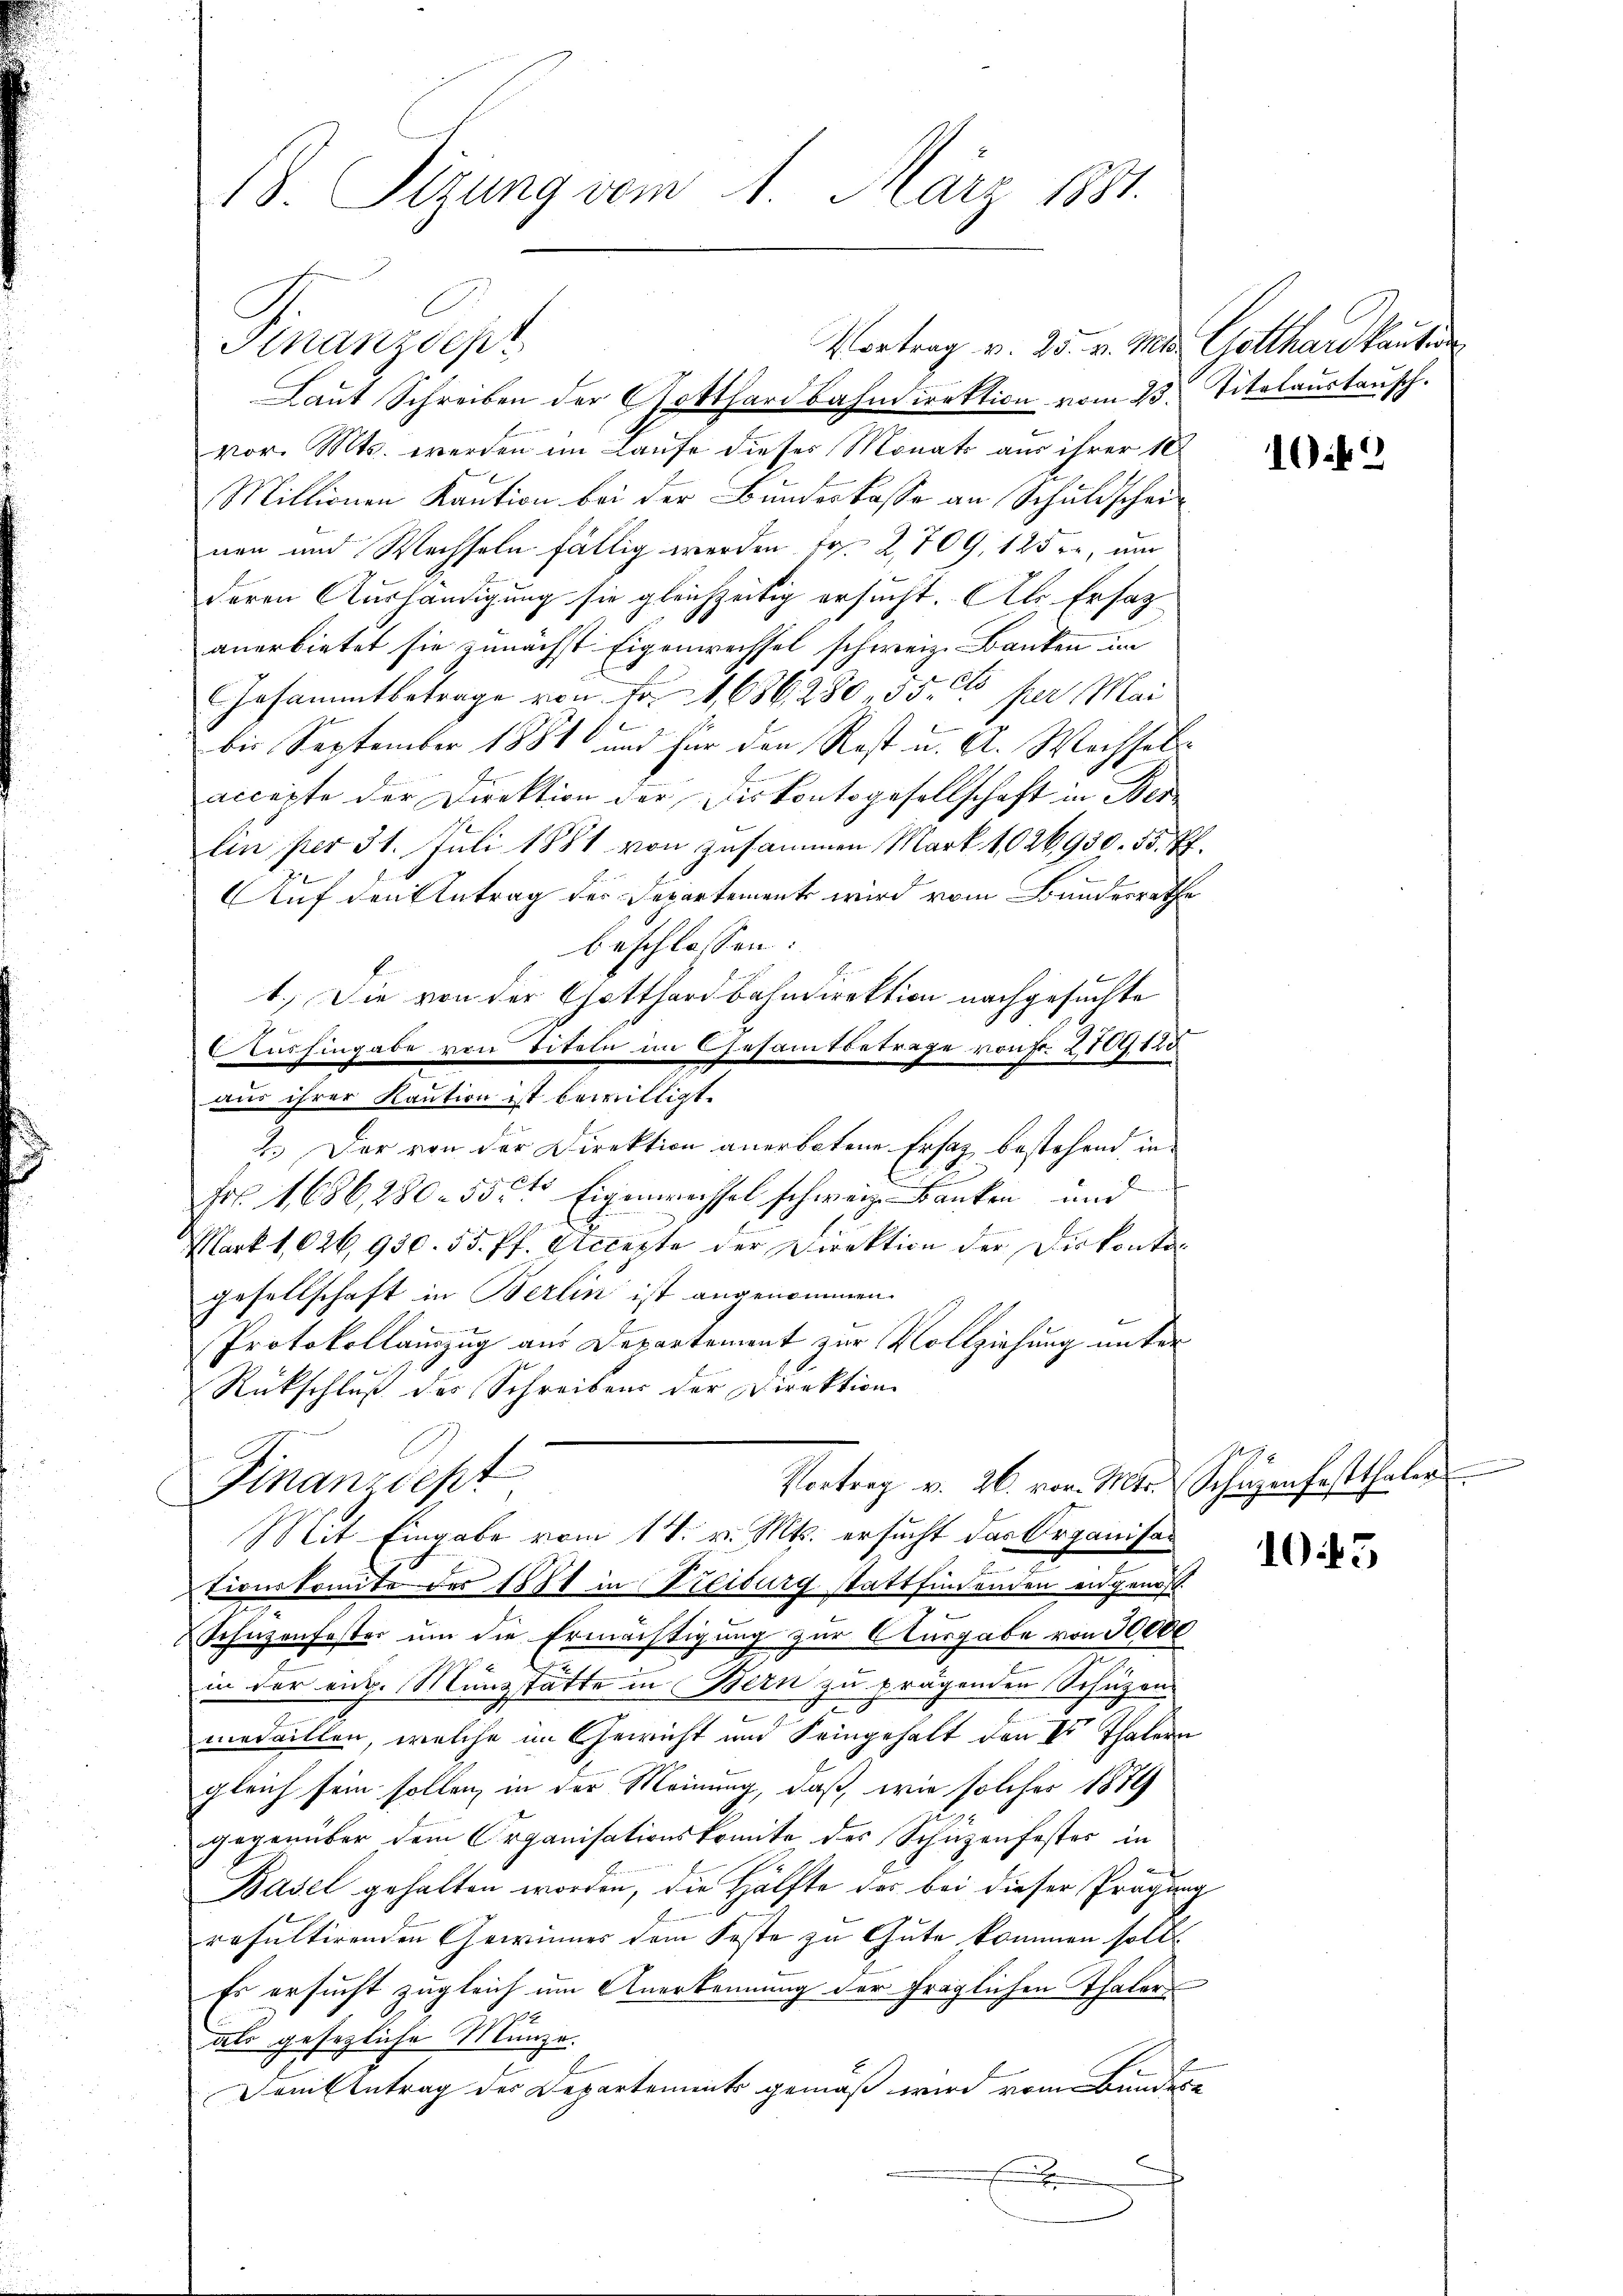
18. Sizung vom 1. März 1881.

Vortrag v. 25. v. Mad. Gotthard kanten
Laut Schreiben der Gotthardbahndirektion vom 23. Titalaustausch.
vor. Mts. werden im Laufe dieses Monats aus ihrer 10
Millionen Kaution bei der Bundeskasse an Schuldscheinen und Wechseln fällig werden Fr. 2. 709, 125 er, um
deren Aushändigung sie gleichzeitig ersucht. Als Ersatz
anerbietet sie zunächst Eigenwechsel schweiz. Banken im
Gesammtbetrage von Fr. 1686, 280, 35. ds per Mai
s
bis September 1881 und für den Rost u. A. Wachsel
accepte der Direktion der Diskontogesellschaft in Ber
Ein per 31. Juli 1881 von zusammen Mark 1026,930. 55. Pf.
Auf den Antrag der Departement wird vom Bundesrathe
beschlossen:
1.) Die von der Gotthardbahndirektion nachgesuchte
Aushingabe von Titeln im Gesamtbetrage von Fr. 2709128
aus ihrer Kaution ist bewilligt.
2.) Der von der Direktion anerbotene Ersatz bestehend, in
s
Frl. 1,686, 280 - 55 rt Eigenwachsel schweize Banken und
Mark 1,026,930. 55. Pf. Accepte der Direktion der Diskonto
gesellschaft in Berlin ist angenommen.
Protokollauszug aus Departement zur Vollziehung unter

Rückschluß des Schreibens der Direktion

Finanzdep

Vortrag v. 26. von Mater Schäzenfestthaler.
Finanzdest
Mit Eingabe vom 17. v. Mts. ersucht das Organisa¬

tionskomite des 1881 in Freiburg stattfindenden eidgenos
.
Schüzenfester um die Ermächtigung zur Ausgabe von 50000
in der eidg. Münzstätte in Bern zu prägenden Schüzenmedaillen, welche im Gewicht und Feingehalt den Vor Thalern
gleich sein sollen, in der Meinung, daß wie solches 1874
gegenüber dem Organisationskomite des Schüzenfester in
Basel gehalten worden, die Hälfte des bei dieser Prägung
resultirenden Gewinnes dem Feste zu Gute kommen soll.
Es ersucht zugleich um Anerkennung der fraglichen Thalers
als gesezliche Münze.
Damit betrag des Departements gemäß wird vom Bundere
.

1

105